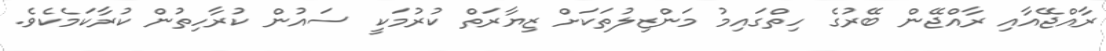
ރާއްޖޭއާއި ރާއްޖޭން ބޭރުގެ ހިތްގައިމު މަންޒިލުތަކަށް ޒިޔާރަތް ކުރުމަކީ ސައުން ކުރާހިތުން ކުރާކަމެކެވެ.